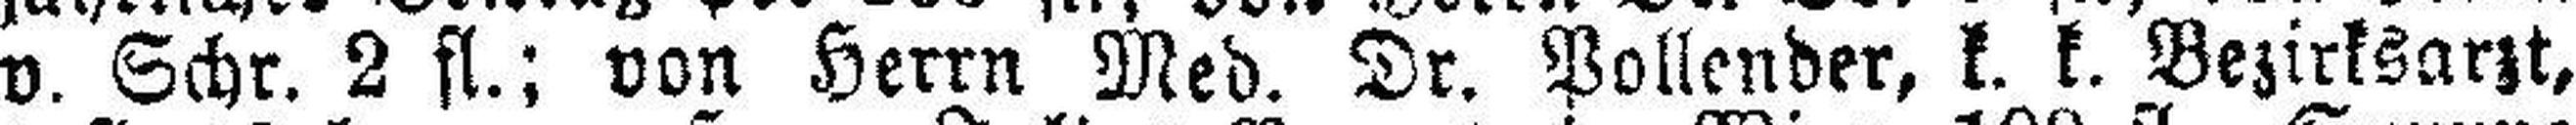
v. Schr. 2 fl.; von Herrn Med. Dr. Pollender, k. k. Bezirksarzt,